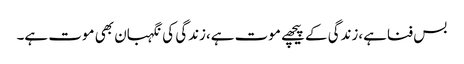
بس فناہے،زندگی کے پیچھے موت ہے،زندگی کی نگہبان بھی موت ہے۔